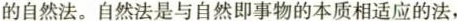
的自然法。自然法是与自然即事物的本质相适应的法，